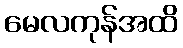
မေလကုန်အထိ